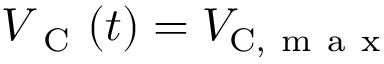
V _ { \mathrm { ~ C ~ } } ( t ) = V _ { \mathrm { C } , \mathrm { ~ m ~ a ~ x ~ } }